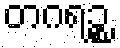
တဂရဉ္စ